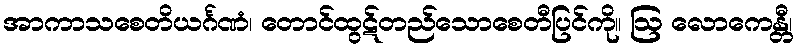
အာကာသစေတိယင်္ဂဏံ၊ တောင်ထွဋ်တည်သောစေတီပြင်ကို။ ဩ လောကေန္တီ၊